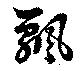
飄